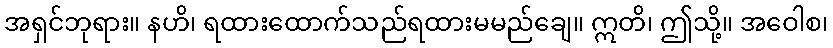
အရှင်ဘုရား။ နဟိ၊ ရထားထောက်သည်ရထားမမည်ချေ။ ဣတိ၊ ဤသို့။ အဝေါစ၊